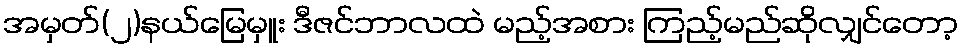
အမှတ်(၂)နယ်မြေမှူး ဒီဇင်ဘာလထဲ မည့်အစား ကြည့်မည်ဆိုလျှင်တော့